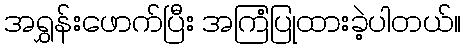
အရွှန်းဖောက်ပြီး အကြံပြုထားခဲ့ပါတယ်။